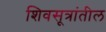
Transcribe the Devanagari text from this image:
शिवसूत्रांतील